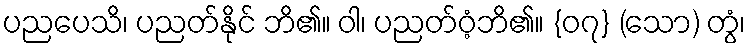
ပညပေသိ၊ ပညတ်နိုင် ဘိ၏။ ဝါ၊ ပညတ်ဝံ့ဘိ၏။ {၀၇} (သော) တွံ၊